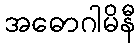
အဓောဂါမိနီ